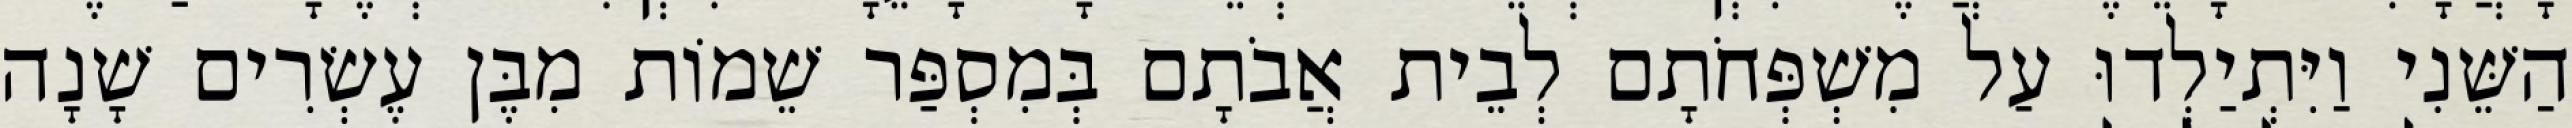
הַשֵּׁנִי וַיִּתְיַלְדוּ עַל מִשְׁפְּחֹתָם לְבֵית אֲבֹתָם בְּמִסְפַּר שֵׁמוֹת מִבֶּן עֶשְׂרִים שָׁנָה